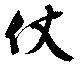
仗